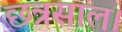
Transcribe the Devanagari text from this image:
छत्रसाल।